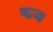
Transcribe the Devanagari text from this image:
कज